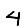
Digit: 4